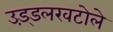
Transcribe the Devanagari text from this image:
उड़्डलखटोले